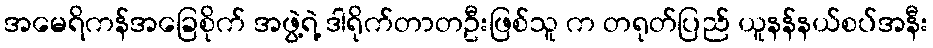
အမေရိကန်အခြေစိုက် အဖွဲ့ရဲ့ ဒါရိုက်တာတဦးဖြစ်သူ က တရုတ်ပြည် ယူနန်နယ်စပ်အနီး